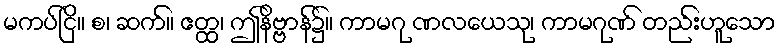
မကပ်ငြိ။ စ၊ ဆက်။ ဧတ္ထ၊ ဤနိဗ္ဗာန်၌။ ကာမဂု ဏလယေသု၊ ကာမဂုဏ် တည်းဟူသော